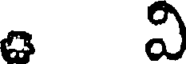
వి